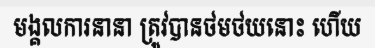
មង្គលការនានា ត្រូវបានថមថយនោះ ហើយ